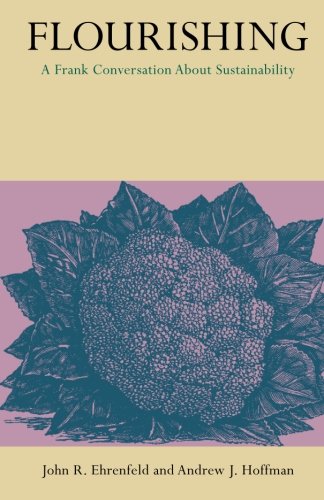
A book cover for Flourishing: A Frank Conversation about Sustainability; John R. Ehrenfeld; Business & Money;